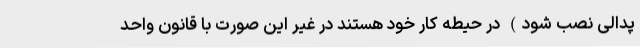
پدالی نصب شود) در حیطه کار خود هستند در غیر این صورت با قانون واحد